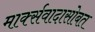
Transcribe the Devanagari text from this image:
मार्क्सवादासोबत